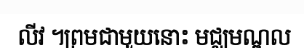
លីវ ។ព្រមជាមួយនោះ មជ្ឈមណ្ឌល